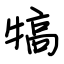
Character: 犒